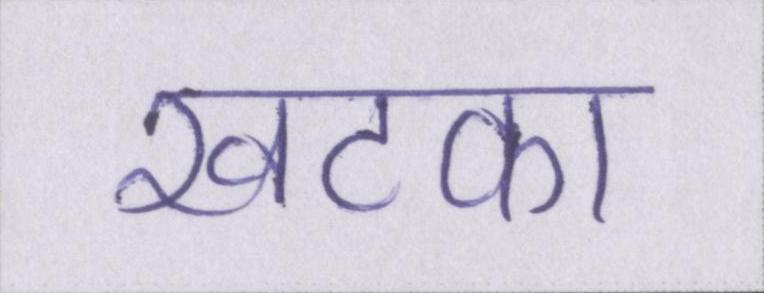
खटका